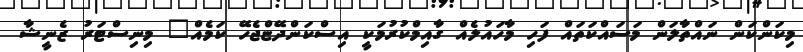
މިކަންކަން ނައްތާލަން މަސައްކަތައް ފަހި މާހައުލެއް ގާއިމްކުރުމަކީ އިސްކަންދޭޏްޖެހޭ ކަމެއް" މިނިސްޓަރު ޒެނީޝާ